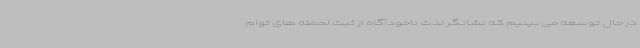
در حال توسعه می بینیم که نشانگر لذت ناخودآگاه از ثبت لحظه های توام